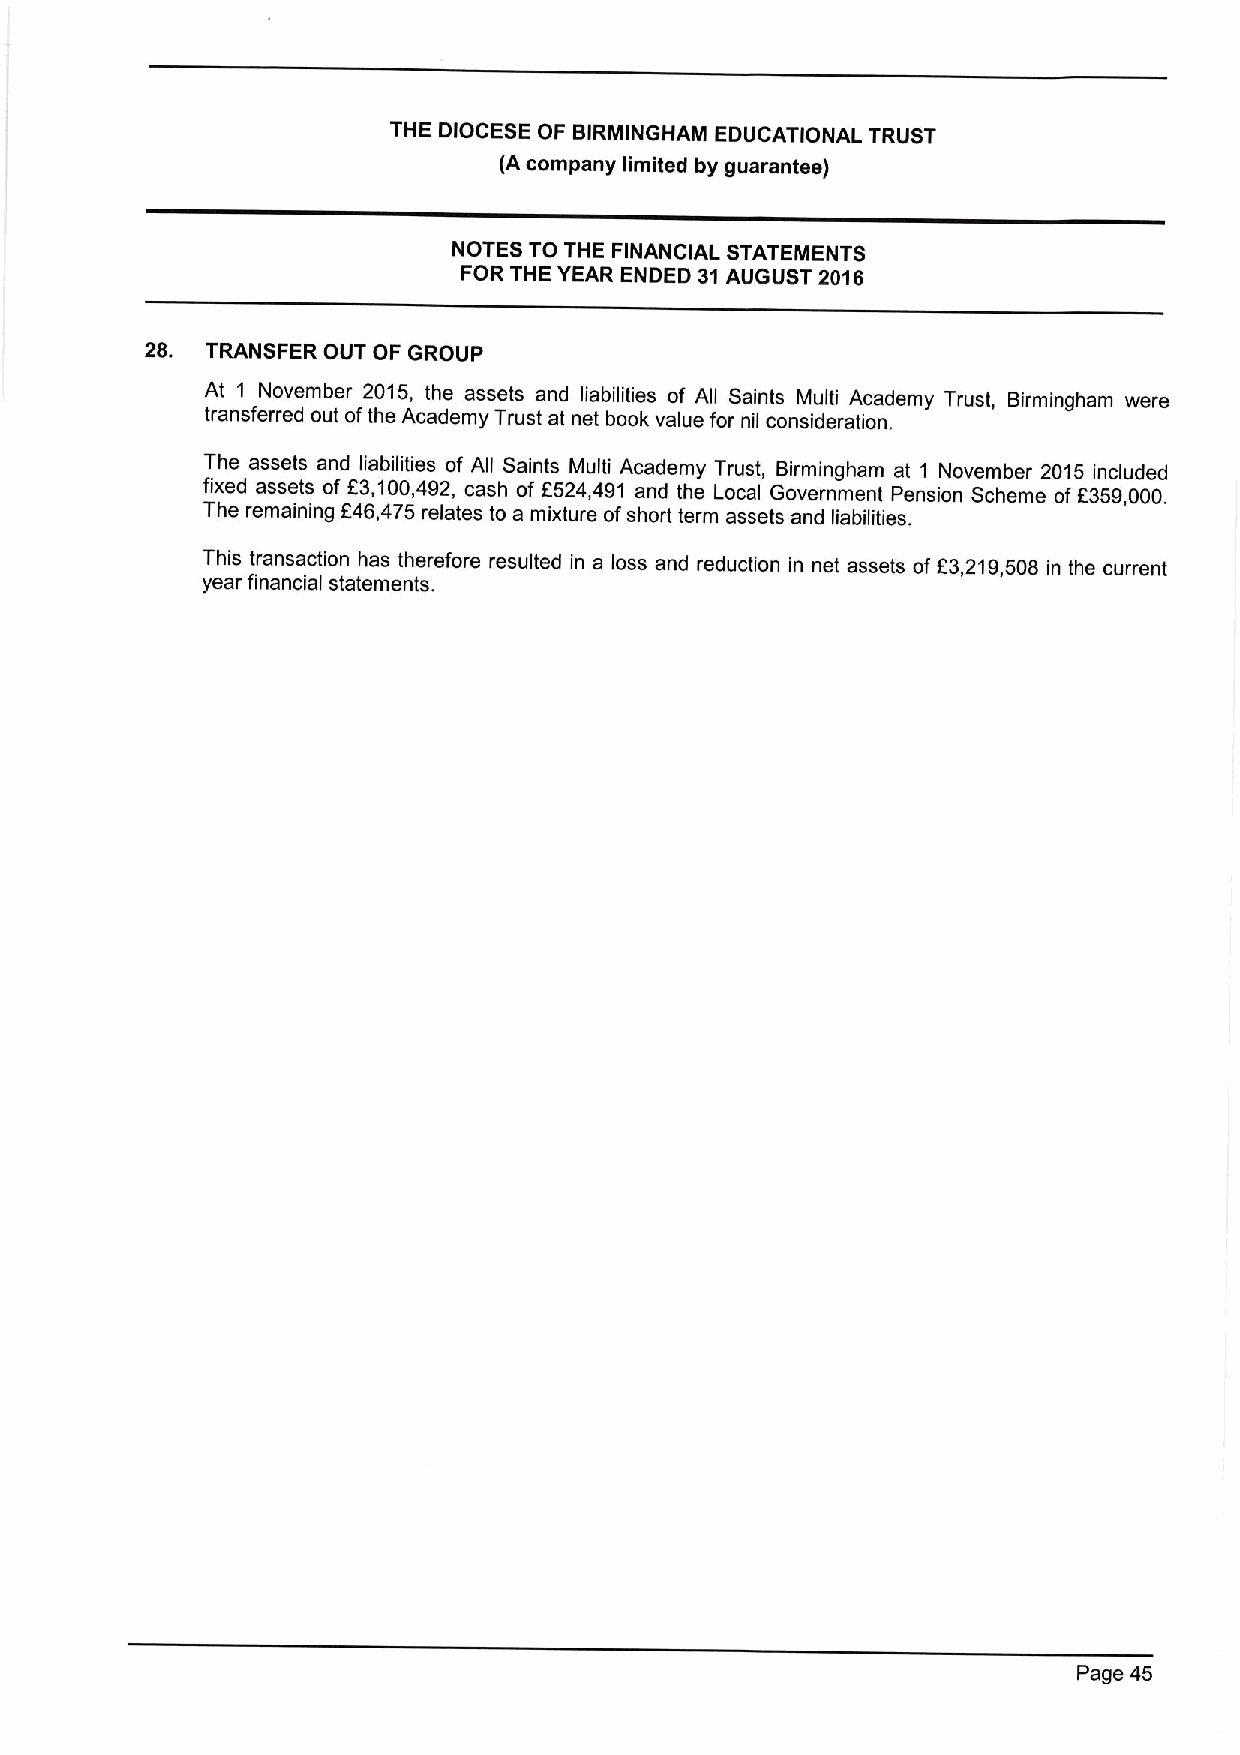
THE DIOCESE OF BIRMINGHAM EDUCATIONAL TRUST
 (A company limited by guarantee)
 NOTES TO THE FINANCIAL STATEMENTS
 FOR THE YEAR ENDED 31AUGUST 2016
 28. TRANSFER OUT OF GROUP
 At 1 November 2015, the assets and liabilities of All Saints Multi Academy Trust, Birmingham were
 transferred out ofthe Academy Trust at net book value for nil consideration.
 The assets and liabilities of All Saints Multi Academy Trust, Birmingham at 1 November 2015 included
 fixed assets of E3,100,492, cash of E524,491 and the Local Government Pension Scheme of E359,000.
 The remaining E46,475 relates to a mixture ofshort term assets and liabilities.
 This transaction has therefore resulted in a loss and reduction in net assets of E3,219,508 in the current
 year financial statements.
 Page 45